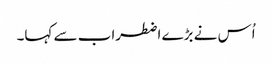
اُس نے بڑے اضطراب سے کہا۔